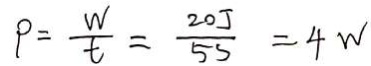
P = \frac { w } { t } = \frac { 2 0 J } { 5 S } = 4 w